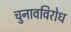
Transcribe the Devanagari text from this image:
चुनावविरोध